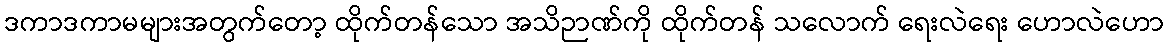
ဒကာဒကာမများအတွက်တော့ ထိုက်တန်သော အသိဉာဏ်ကို ထိုက်တန် သလောက် ရေးလဲရေး ဟောလဲဟော